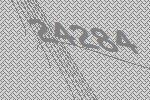
24284